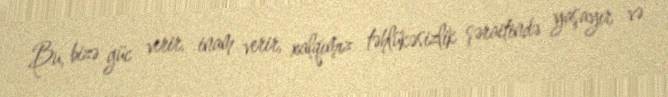
Bu, bizə güc verir, inam verir, xalqımız təhlükəsizlik şəraitində yaşayır və